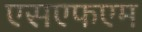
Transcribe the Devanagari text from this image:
एसएफएम